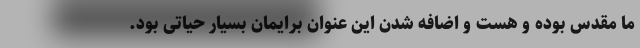
ما مقدس بوده و هست و اضافه شدن این عنوان برایمان بسیار حیاتی بود.